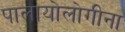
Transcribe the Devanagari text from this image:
पालायोलोगीना